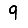
Digit: 9